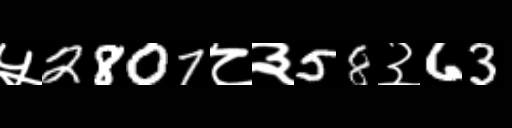
Text: ५2807८३58३63